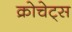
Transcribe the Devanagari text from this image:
क्रोचेट्स